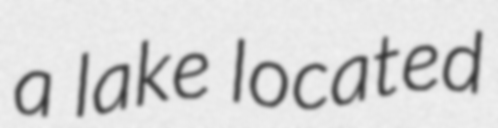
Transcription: a lake located